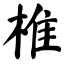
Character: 椎